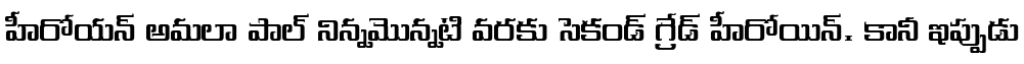
హీరోయన్ అమలా పాల్ నిన్నమొన్నటి వరకు సెకండ్ గ్రేడ్ హీరోయిన్. కానీ ఇప్పుడు